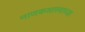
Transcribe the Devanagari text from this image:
नाणकशास्त्राच्या